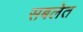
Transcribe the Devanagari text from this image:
सबलेत